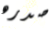
صدره